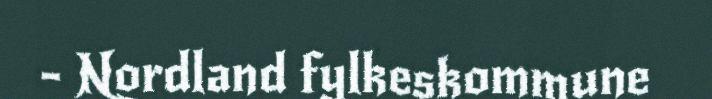
- Nordland fylkeskommune